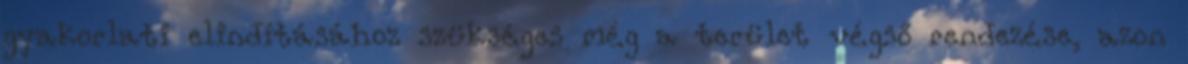
gyakorlati elindításához szükséges még a terület végső rendezése, azon